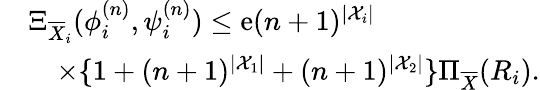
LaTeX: \begin{array}{rl}&{\Xi_{\overline{{X}}_{i}}(\phi_{i}^{(n)},\psi_{i}^{(n)})\leq\mathrm{e}(n+1)^{|{\cal X}_{i}|}}\\ &{\quad\times\{ 1+(n+1)^{|{\cal X}_{1}|}+(n+1)^{|{\cal X}_{2}|}\} \Pi_{\overline{{X}}}(R_{i}).}\end{array}